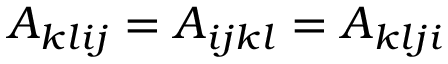
A _ { k l i j } = A _ { i j k l } = A _ { k l j i }